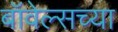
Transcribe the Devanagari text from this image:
बॉवेल्सच्या